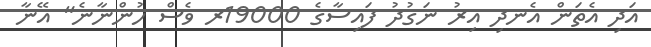
އަދި އެތަން އެނދި އިރު ނަގުދު ފައިސާގެ 19000ރ ވެސް ހުންނާނެ" އޭނާ